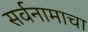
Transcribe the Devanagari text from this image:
सर्वनामाचा